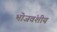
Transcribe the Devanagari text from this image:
भोजवंशीय